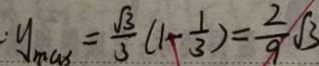
: y _ { \max } = \frac { \sqrt { 3 } } { 3 } ( 1 - \frac { 1 } { 3 } ) = \frac { 2 } { 9 } \sqrt { 3 }